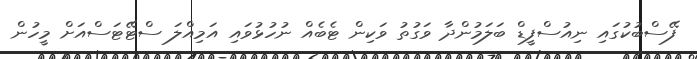
ފޭސްބުކުގައި ނިއުސްފީޑް ބަލަމުންދާ ވަގުތު ވަކިން ޓެބެއް ނުހުޅުވައި އަމިއްލަ ސްޓޭޓަސްއަށް މީހުން